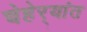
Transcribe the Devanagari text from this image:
चेहेर्‍यांत